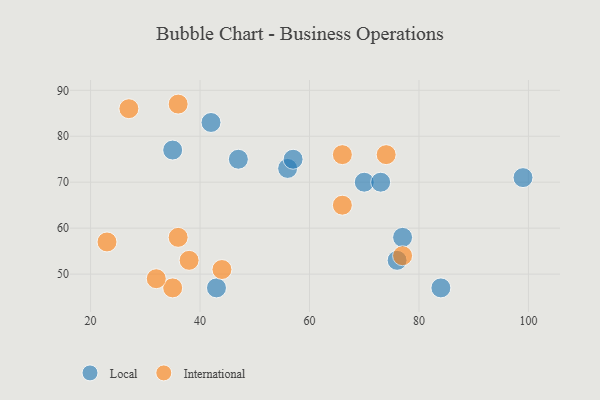
{"axis": {"x": "GDP", "y": "Life Expectancy"}, "legend": ["International", "Local"], "data": [{"x": "43", "y": 47, "type": "Local"}, {"x": "76", "y": 53, "type": "Local"}, {"x": "42", "y": 83, "type": "Local"}, {"x": "84", "y": 47, "type": "Local"}, {"x": "70", "y": 70, "type": "Local"}, {"x": "99", "y": 71, "type": "Local"}, {"x": "35", "y": 77, "type": "Local"}, {"x": "56", "y": 73, "type": "Local"}, {"x": "77", "y": 58, "type": "Local"}, {"x": "73", "y": 70, "type": "Local"}, {"x": "57", "y": 75, "type": "Local"}, {"x": "47", "y": 75, "type": "Local"}, {"x": "66", "y": 65, "type": "International"}, {"x": "74", "y": 76, "type": "International"}, {"x": "27", "y": 86, "type": "International"}, {"x": "36", "y": 58, "type": "International"}, {"x": "66", "y": 76, "type": "International"}, {"x": "36", "y": 87, "type": "International"}, {"x": "23", "y": 57, "type": "International"}, {"x": "77", "y": 54, "type": "International"}, {"x": "35", "y": 47, "type": "International"}, {"x": "38", "y": 53, "type": "International"}, {"x": "32", "y": 49, "type": "International"}, {"x": "44", "y": 51, "type": "International"}]}